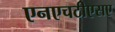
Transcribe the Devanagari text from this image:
एनएचटीएसए